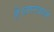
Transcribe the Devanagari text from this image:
है।तारवाले